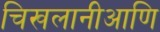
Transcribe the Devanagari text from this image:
चिखलानीआणि